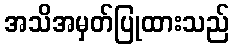
အသိအမှတ်ပြုထားသည်